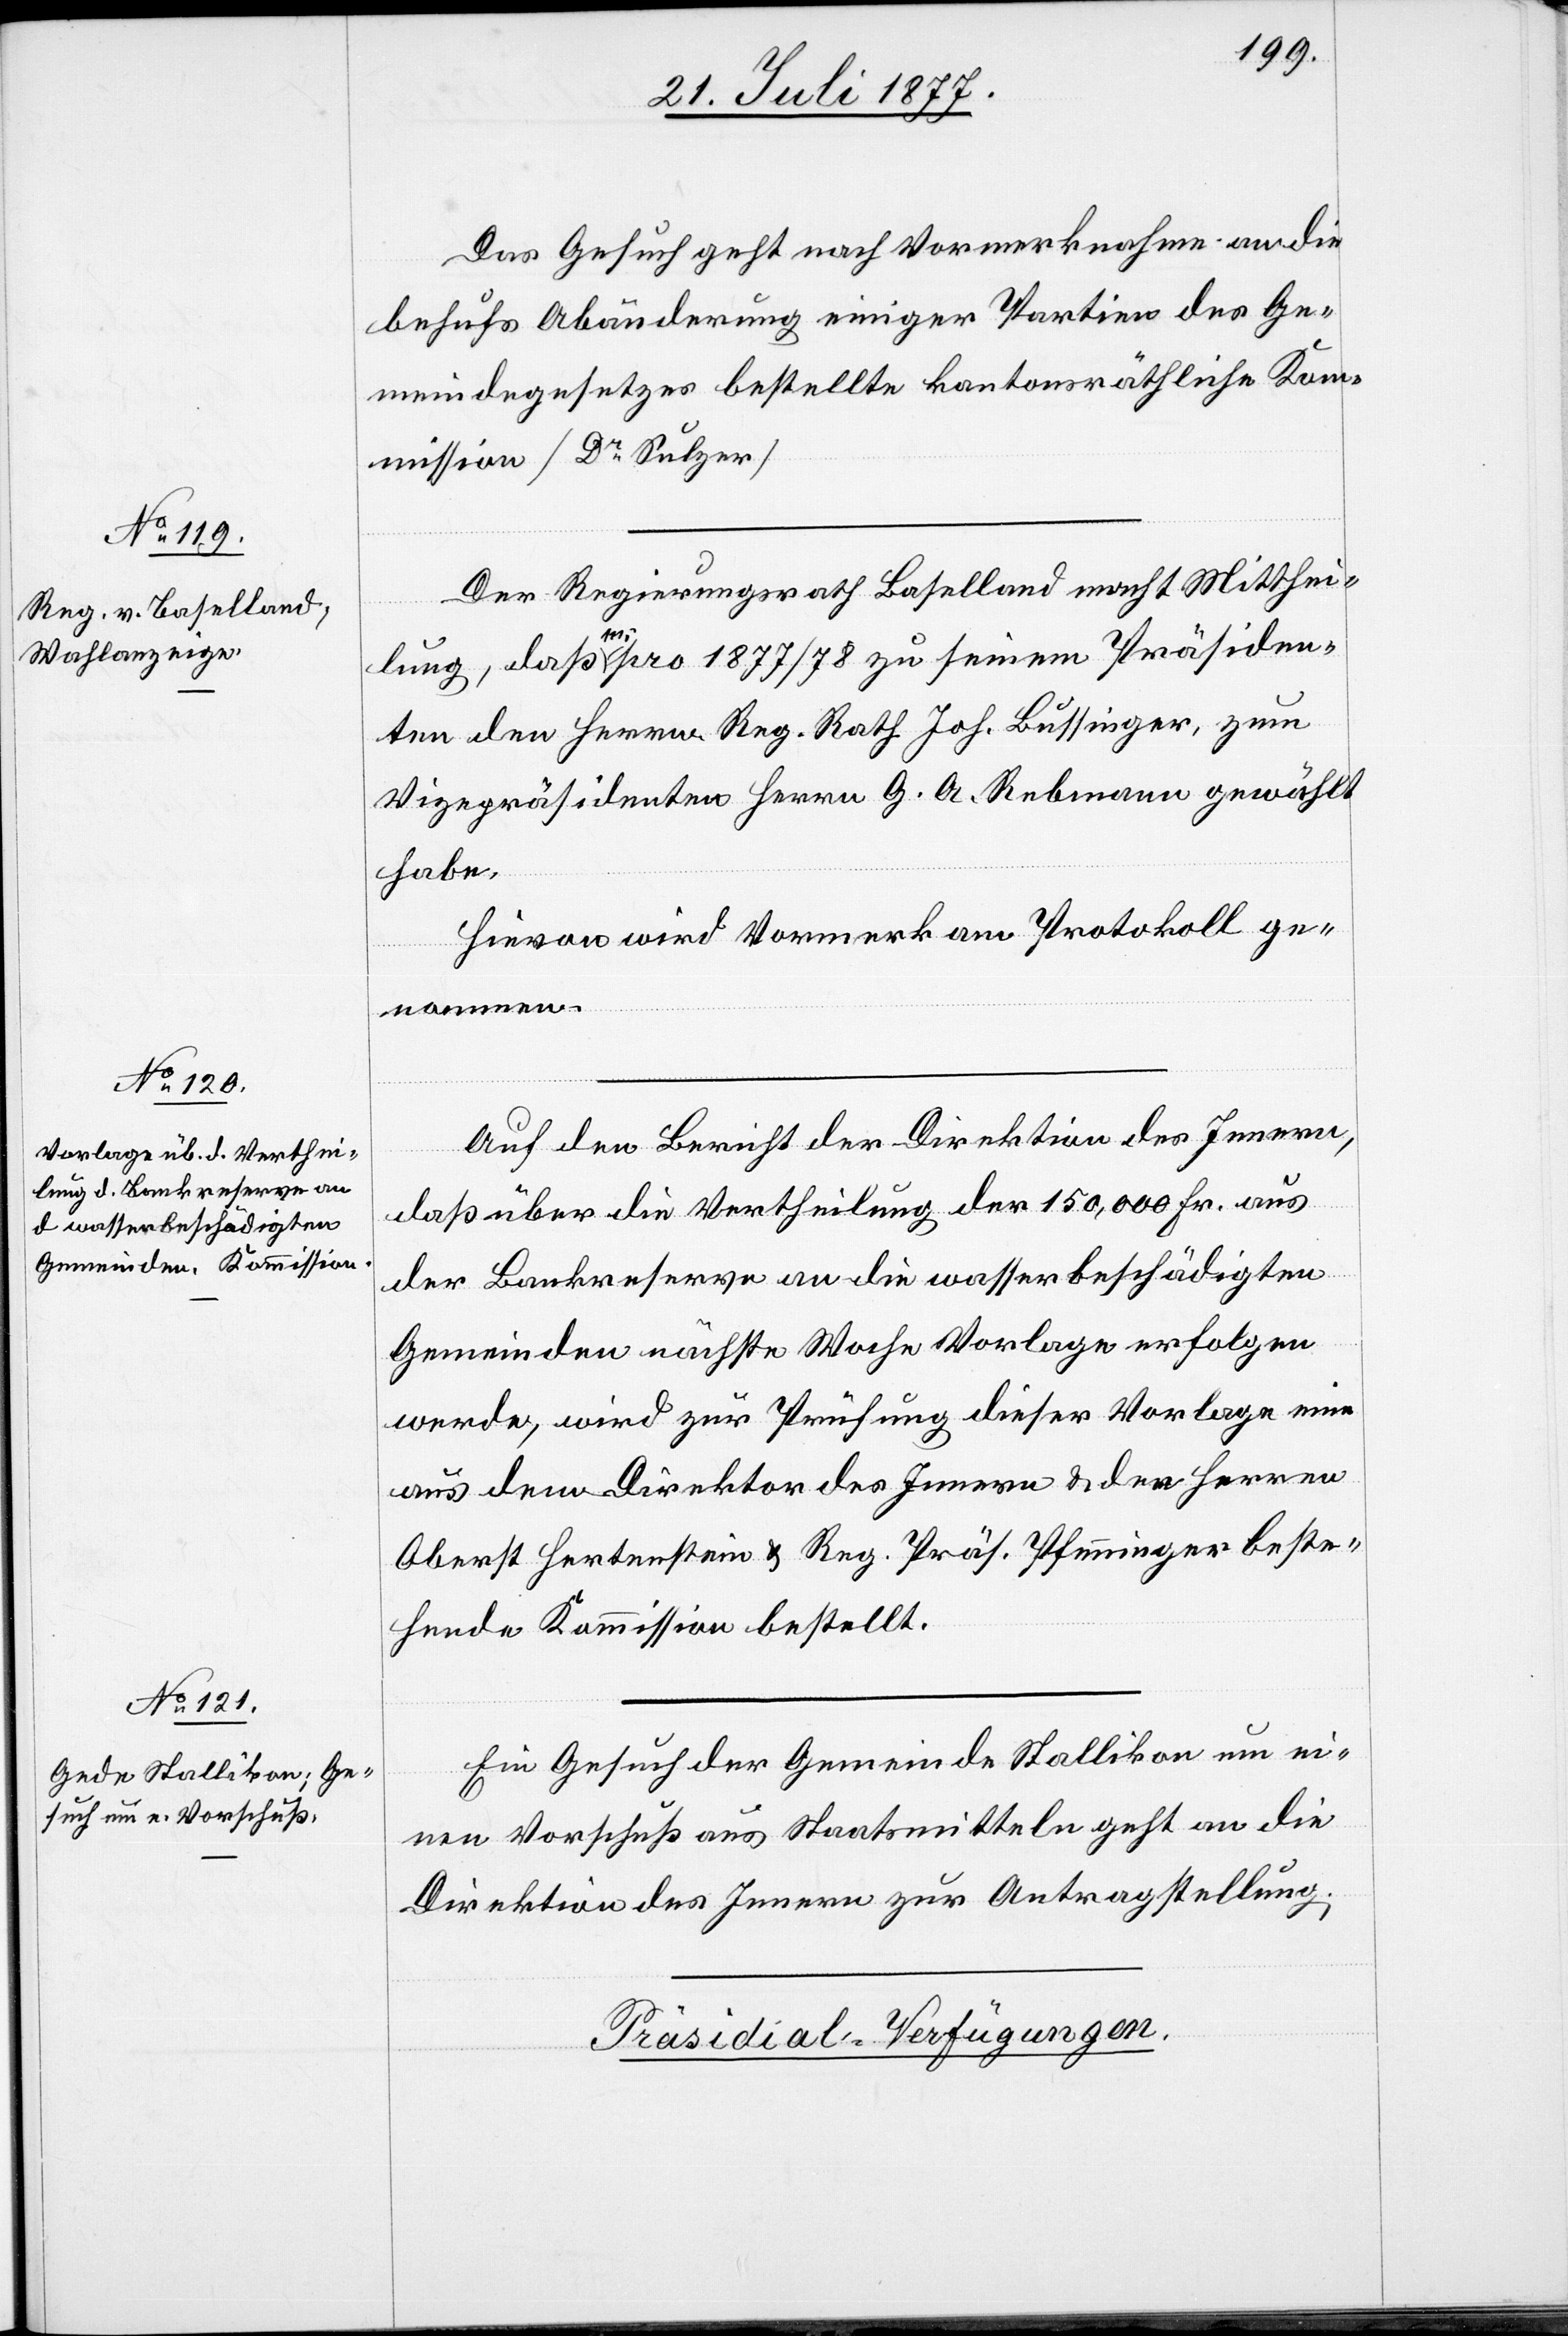
Das Gesuch geht nach Vormerknahme an die
behufs Abänderung einiger Partien des Ge¬
meindegesetzes bestellte kantonsräthliche Kom¬
mission [Dr Sulzer][.]
Der Regierungsrath Baselland macht Mitthei¬
lung, daß er pro 1877/78 zu seinem Präsiden¬
ten den Herrn Reg. Rath Joh. Bussinger, zum
Vizepräsidenten Herrn G. A. Rebmann gewählt
habe.
Hievon wird Vormerk am Protokoll ge¬
nommen.
Auf den Bericht der Direktion des Innern,
daß über die Vertheilung der 150,000 Fr. aus
der Bankreserve an die wasserbeschädigten
Gemeinden nächste Woche Vorlage erfolgen
werde, wird zur Prüfung dieser Vorlage eine
aus dem Direktor des Innern & den Herren
Oberst Hertenstein & Reg. Präs. Pfenninger beste¬
hende Kommission bestellt.
Ein Gesuch der Gemeinde Stallikon um ei¬
nen Vorschuß aus Staatsmitteln geht an die
Direktion des Innern zur Antragstellung.
Präsidial-Verfügungen.